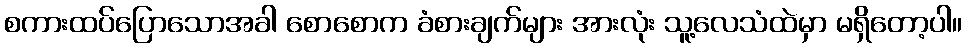
စကားထပ်ပြောသောအခါ စောစောက ခံစားချက်များ အားလုံး သူ့လေသံထဲမှာ မရှိတော့ပါ။